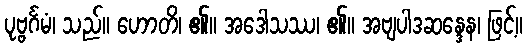
ပုဗ္ဗင်္ဂမံ၊ သည်။ ဟောတိ၊ ၏။ အဒေါသဿ၊ ၏။ အဗျပါဒဆန္ဒေန၊ ဖြင့်။